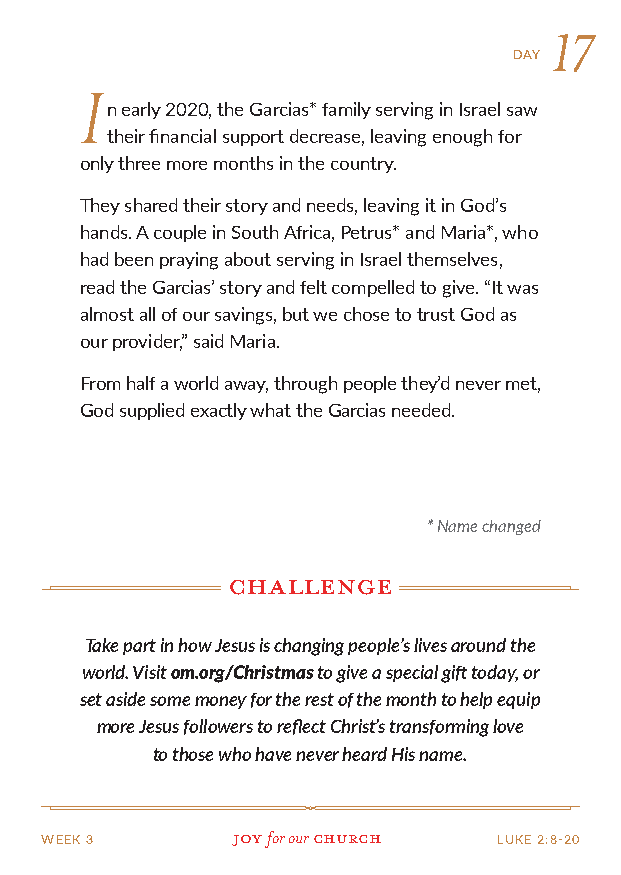
17
 DAY
 I
 n early 2020, the Garcias* family serving in Israel saw
 their financial support decrease, leaving enough for
 only three more months in the country.
 They shared their story and needs, leaving it in God’s
 hands. A couple in South Africa, Petrus* and Maria*, who
 had been praying about serving in Israel themselves,
 read the Garcias’ story and felt compelled to give. “It was
 almost all of our savings, but we chose to trust God as
 our provider,” said Maria.
 From half a world away, through people they’d never met,
 God supplied exactly what the Garcias needed.
 * Name changed
 challenge
 Take part in how Jesus is changing people’s lives around the
 world. Visit om.org/Christmas to give a special gift today, or
 set aside some money for the rest of the month to help equip
 more Jesus followers to reflect Christ’s transforming love
 to those who have never heard His name.
 WEEK 3      Joy for our church LUKE 2:8-20